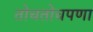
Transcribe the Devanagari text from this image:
तोचतोचपणा